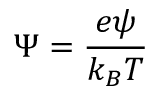
\Psi = \frac { e \psi } { k _ { B } T }